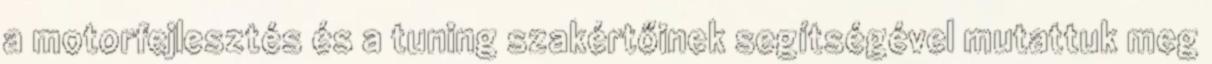
a motorfejlesztés és a tuning szakértőinek segítségével mutattuk meg